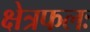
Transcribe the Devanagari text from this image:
क्षेत्रफलः